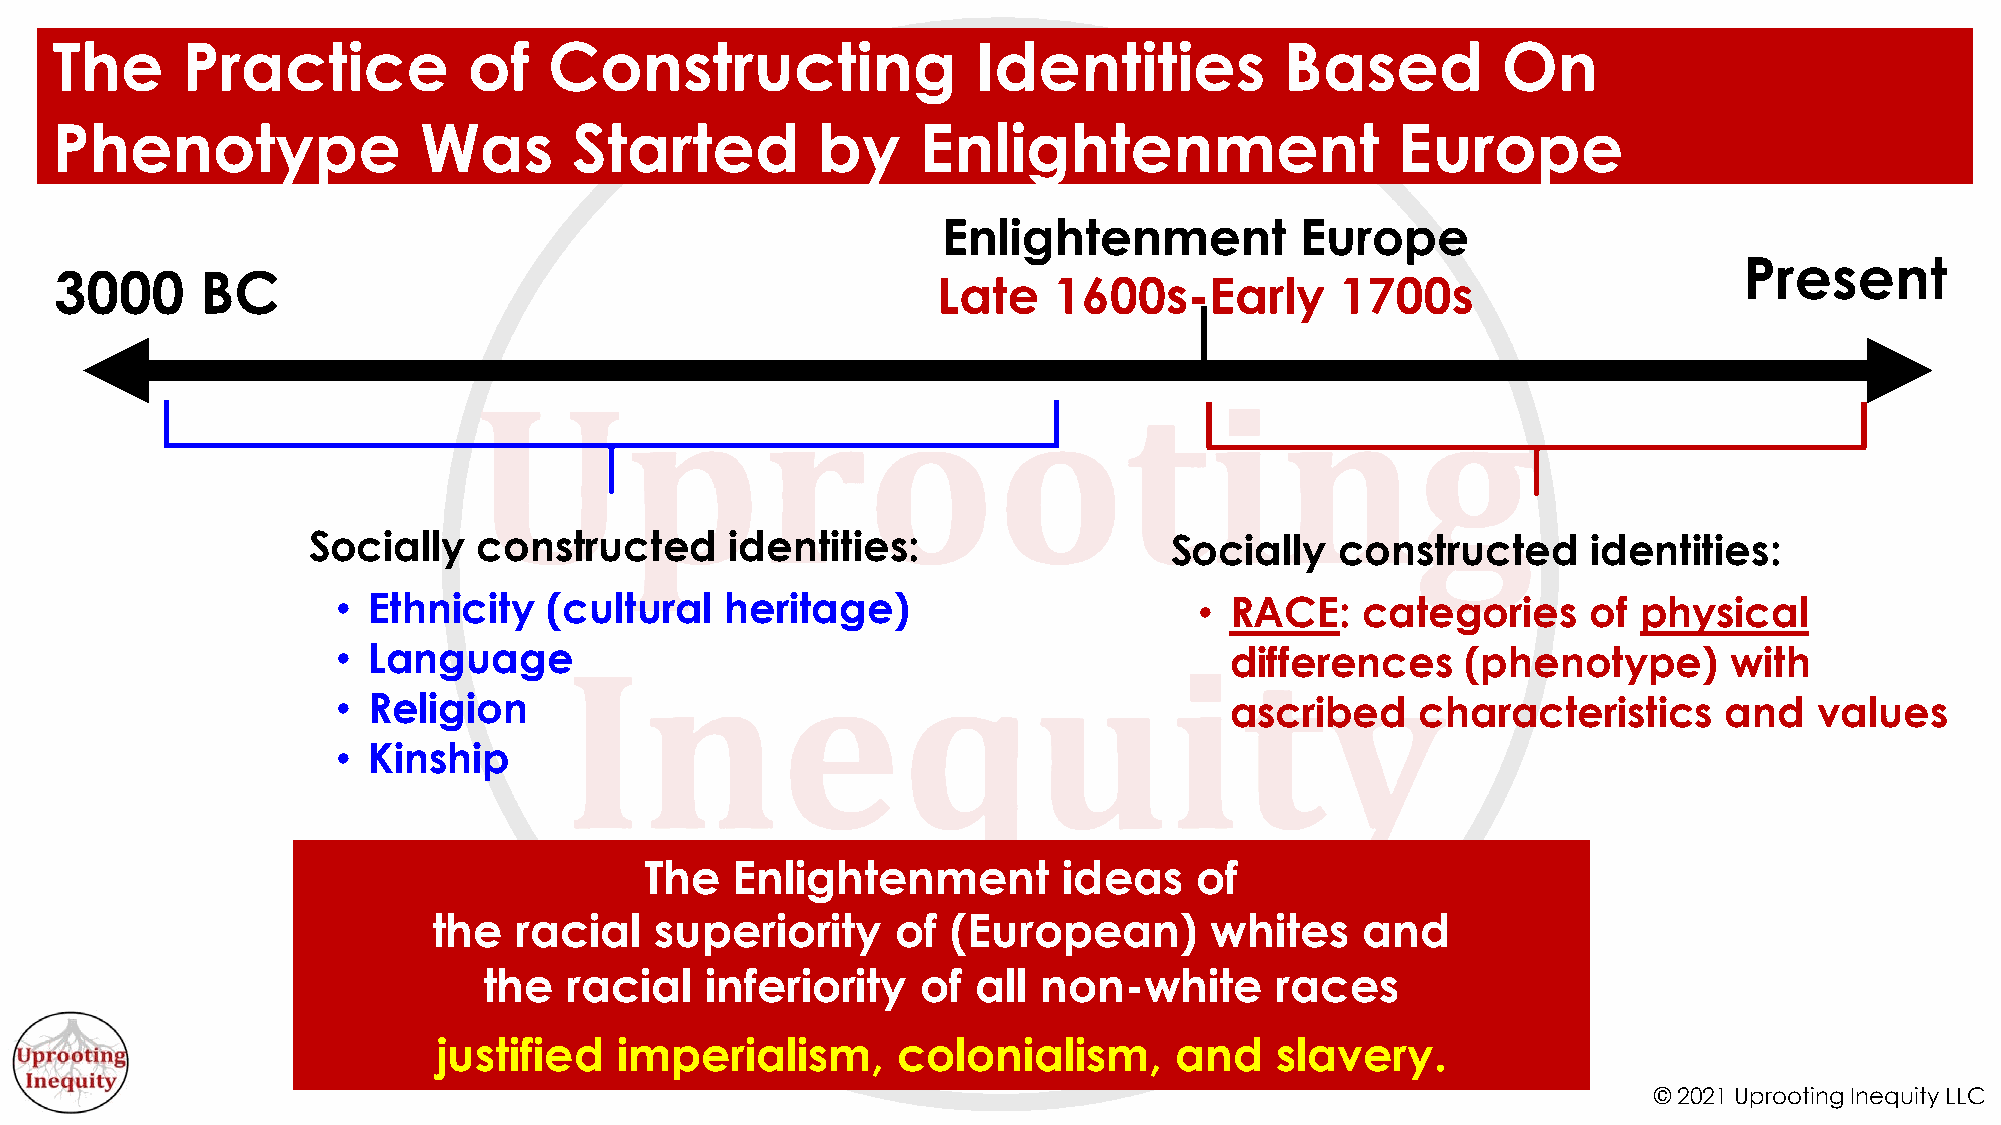
The      Practice           of   Constructing                 Identities          Based         On
 Phenotype                Was       Started         by     Enlightenment                  Europe
 Enlightenment           Europe
 Present
 3000     BC
 Late    1600s-Early        1700s
 Socially    constructed     identities:                  Socially    constructed     identities:
 • Ethnicity   (cultural   heritage)                      • RACE:    categories     of  physical
 • Language                                                 differences     (phenotype)       with
 • Religion                                                 ascribed     characteristics     and   values
 • Kinship
 The   Enlightenment        ideas    of
 the  racial   superiority     of  (European)       whites    and
 the   racial   inferiority   of  all non-white      races
 justified   imperialism,      colonialism,       and   slavery.
 48
 © 2021 Uprooting Inequity LLC